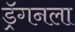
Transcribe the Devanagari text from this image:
ड्रॅगनला